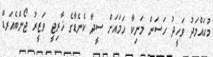
މުހައްމަދު ވަހީދު ހަސަން މަނިކާ ހަމައަށް ސީދާ ކެނެޑާގެ ޚާރިޖީ ވަޒީރު ޖޯންބެއަރޑް